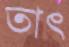
তাৎ